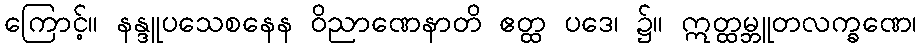
ကြောင့်။ နန္ဒူပသေစနေန ဝိညာဏေနာတိ ဧတ္ထ ပဒေ၊ ၌။ ဣတ္ထမ္ဘူတလက္ခဏေ၊